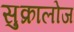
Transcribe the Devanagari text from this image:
सुक्रालोज